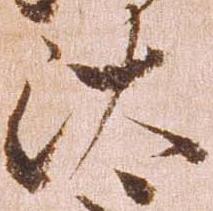
汰